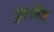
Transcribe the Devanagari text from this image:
कुहचित्